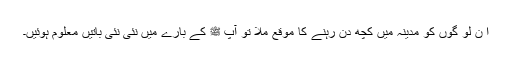
ا ن لو گوں کو مدینہ میں کچھ دن رہنے کا موقع ملا تو آپ ﷺ کے بارے میں نئی نئی باتیں معلوم ہوئیں۔